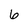
Character: 6